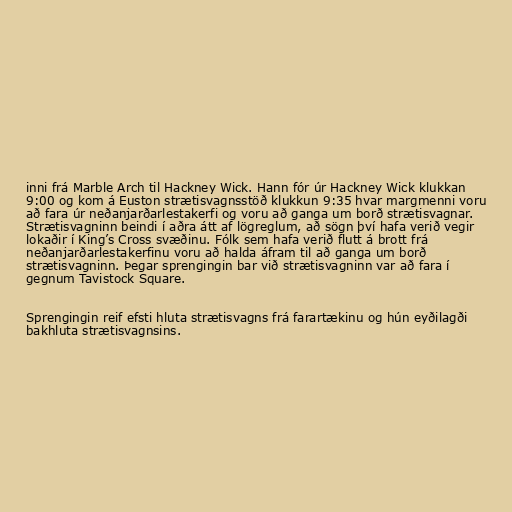
inni frá Marble Arch til Hackney Wick. Hann fór úr Hackney Wick klukkan
9:00 og kom á Euston strætisvagnsstöð klukkun 9:35 hvar margmenni voru
að fara úr neðanjarðarlestakerfi og voru að ganga um borð strætisvagnar.
Strætisvagninn beindi í aðra átt af lögreglum, að sögn því hafa verið vegir
lokaðir í King’s Cross svæðinu. Fólk sem hafa verið flutt á brott frá
neðanjarðarlestakerfinu voru að halda áfram til að ganga um borð
strætisvagninn. Þegar sprengingin bar við strætisvagninn var að fara í
gegnum Tavistock Square.

Sprengingin reif efsti hluta strætisvagns frá farartækinu og hún eyðilagði
bakhluta strætisvagnsins.